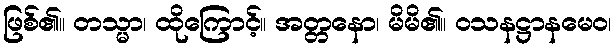
ဖြစ်၏။ တသ္မာ၊ ထိုကြောင့်။ အတ္တနော၊ မိမိ၏။ ဝသနဋ္ဌာနမေဝ၊